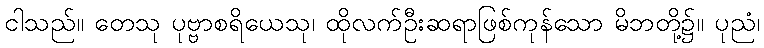
ငါသည်။ တေသု ပုဗ္ဗာစရိယေသု၊ ထိုလက်ဦးဆရာဖြစ်ကုန်သော မိဘတို့၌။ ပုညံ၊